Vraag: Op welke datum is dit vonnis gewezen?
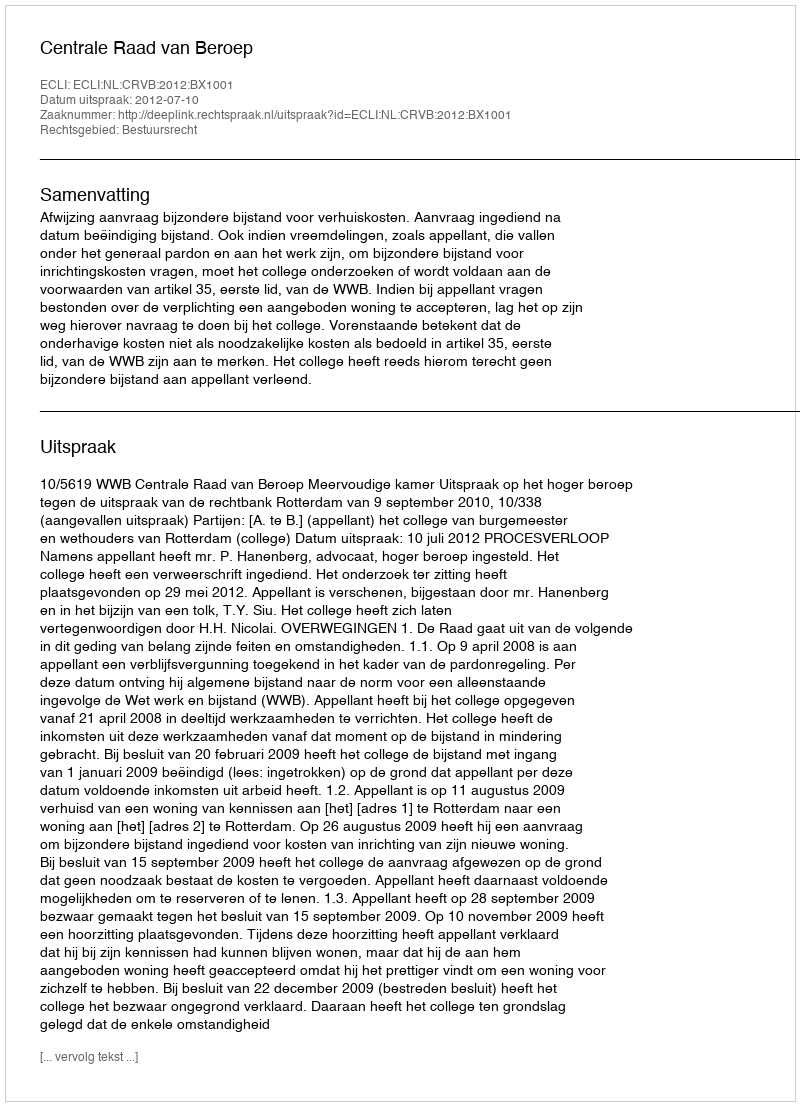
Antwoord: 2012-07-10